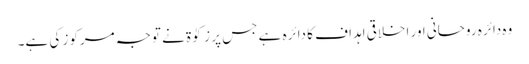
وہ دائرہ روحانی اور اخلاقی اہداف کا دائرہ ہے جس پر زکوٰۃ نے توجہ مرکوز کی ہے۔